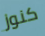
كنوز